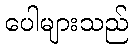
ပေါများသည်